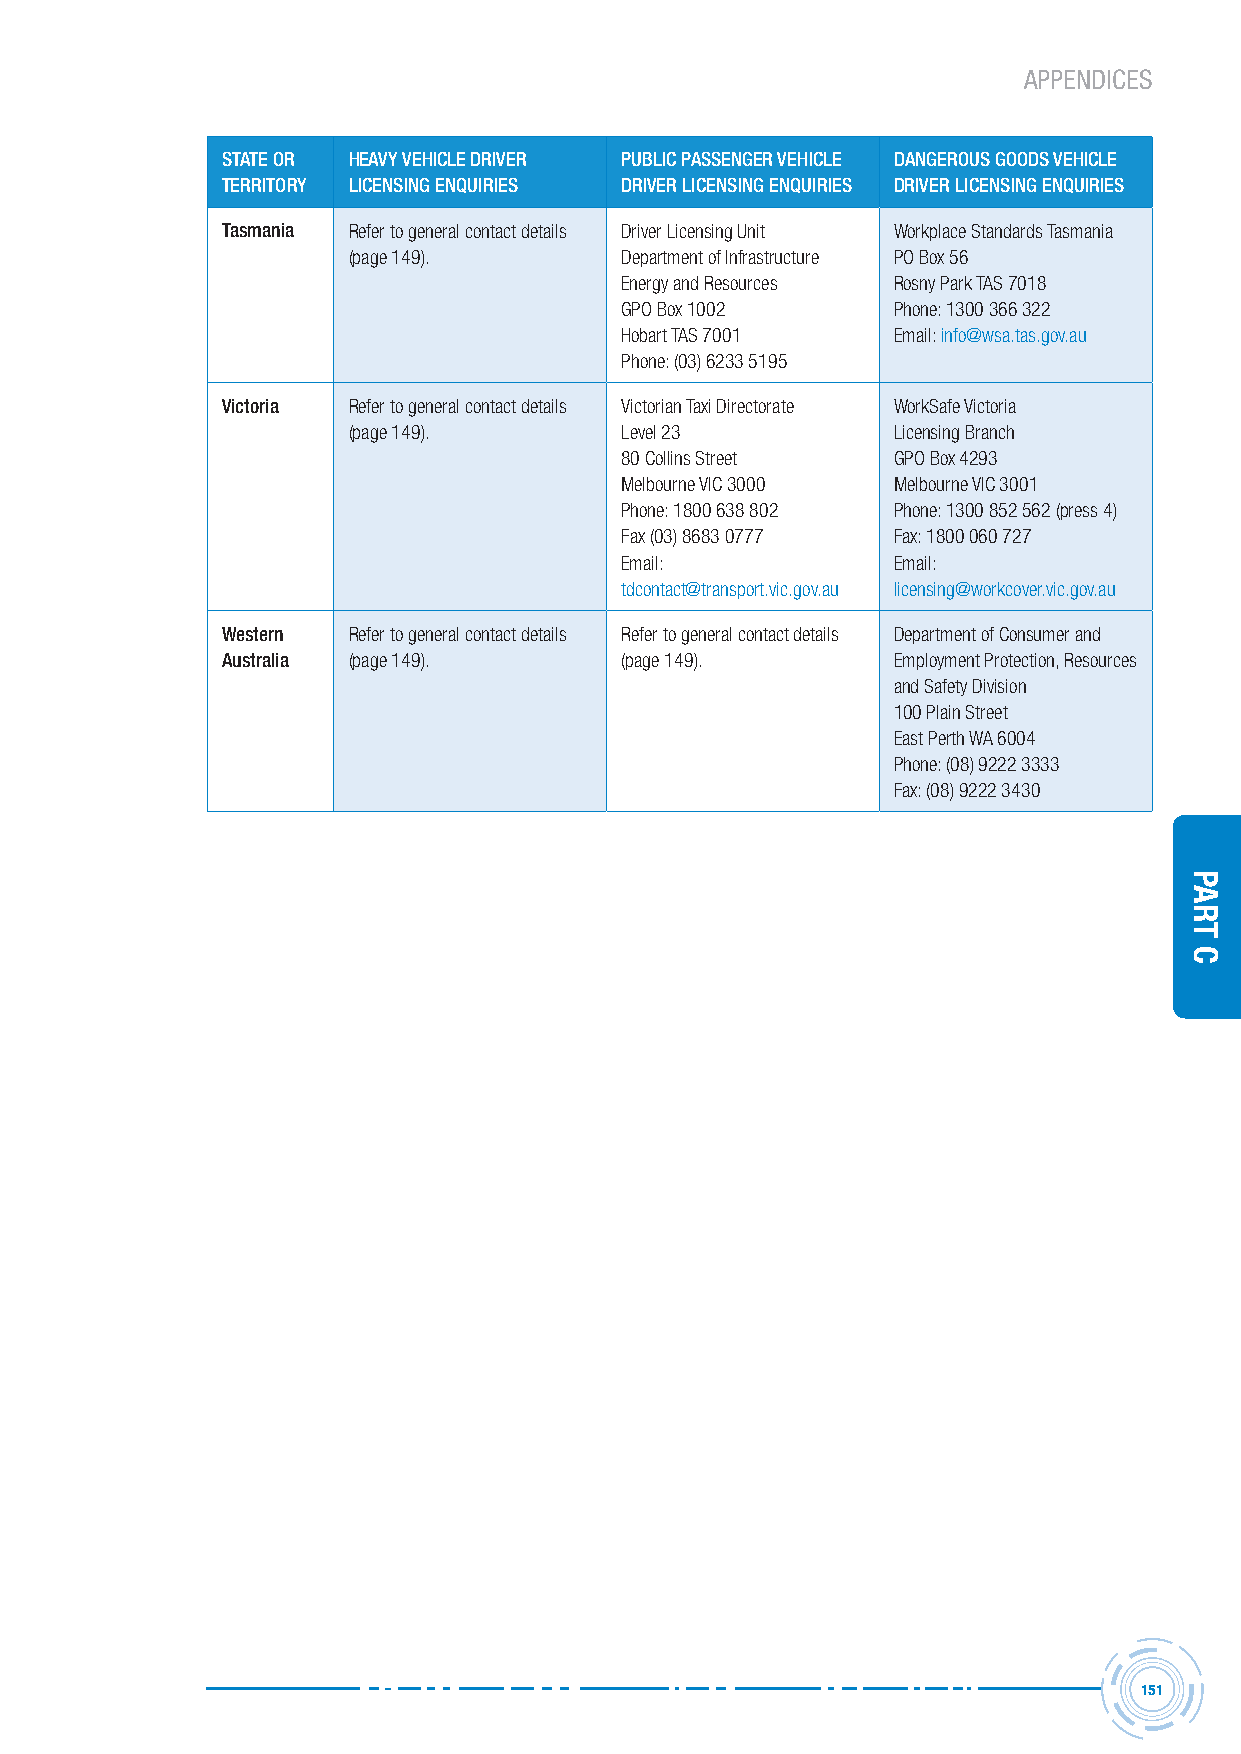
APPENDICES
 STATE OR HEAVY VEHICLE DRIVER PUBLIC PASSENGER VEHICLE DANGEROUS GOODS VEHICLE
 TERRITORY LICENSING ENQUIRIES DRIVER LICENSING ENQUIRIES DRIVER LICENSING ENQUIRIES
 Tasmania Refer to general contact details Driver Licensing Unit Workplace Standards Tasmania
 (page 149).       Department of Infrastructure PO Box 56
 Energy and Resources Rosny Park TAS 7018
 GPO Box 1002      Phone: 1300 366 322
 Hobart TAS 7001   Email: info@wsa.tas.gov.au
 Phone: (03) 6233 5195
 Victoria Refer to general contact details Victorian Taxi Directorate WorkSafe Victoria
 (page 149).       Level 23          Licensing Branch
 80 Collins Street GPO Box 4293
 Melbourne VIC 3000 Melbourne VIC 3001
 Phone: 1800 638 802 Phone: 1300 852 562 (press 4)
 Fax (03) 8683 0777 Fax: 1800 060 727
 Email:            Email:
 tdcontact@transport.vic.gov.au licensing@workcover.vic.gov.au
 Western Refer to general contact details Refer to general contact details Department of Consumer and
 Australia (page 149).     (page 149).       Employment Protection, Resources
 and Safety Division
 100 Plain Street
 East Perth WA 6004
 Phone: (08) 9222 3333
 Fax: (08) 9222 3430
 151
 Part
 C